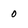
Character: 0